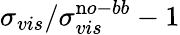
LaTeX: \sigma_{vis}/\sigma_{vis}^{\mathrm no-bb}-1